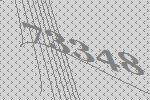
73348